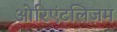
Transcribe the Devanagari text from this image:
ओरिएंटलिज़म